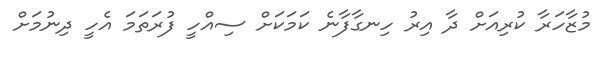
މުޒާހަރާ ކުރިއަށް ދާ އިރު ހިނގާފާނެ ކަމަކަށް ސިއްހީ ފުރަތަމަ އެހީ ދިނުމަށް